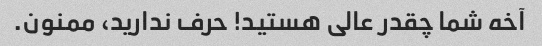
آخه شما چقدر عالی هستید! حرف ندارید، ممنون.